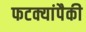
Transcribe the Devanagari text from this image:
फटक्यांपैकी